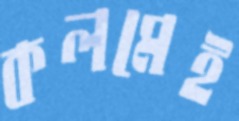
কলমেই